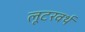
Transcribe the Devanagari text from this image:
लूटरवर्थ